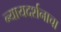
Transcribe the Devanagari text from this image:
न्यायदर्शनाचा